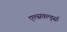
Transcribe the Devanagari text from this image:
एल्सवर्ल्ड्सः